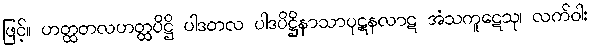
ဖြင့်။ ဟတ္ထတလဟတ္ထပိဋ္ဌိ ပါဒတလ ပါဒပိဋ္ဌိနာသာပုဋနလာဋ အံသကူဋေသု၊ လက်ဝါး